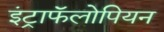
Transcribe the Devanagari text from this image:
इंट्राफॅलोपियन